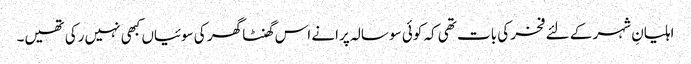
اہلیانِ شہر کے لئے فخر کی بات تھی کہ کوئی سو سالہ پرانے اس گھنٹا گھر کی سوئیاں کبھی نہیں رکی تھیں۔